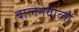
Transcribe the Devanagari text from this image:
बालनेवालों